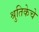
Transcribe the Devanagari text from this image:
श्रुतिकेचे